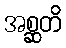
အစ္ဆတိ